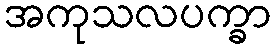
အကုသလပက္ခာ